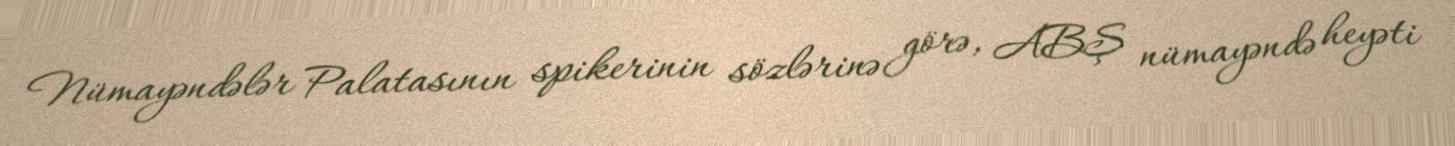
Nümayəndələr Palatasının spikerinin sözlərinə görə, ABŞ nümayəndə heyəti